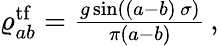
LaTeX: \begin{array}{r}{\varrho_{ab}^{\mathrm{tf}}=\frac{g\sin\left((a-b)\, \sigma\right)}{\pi(a-b)}\, ,}\end{array}